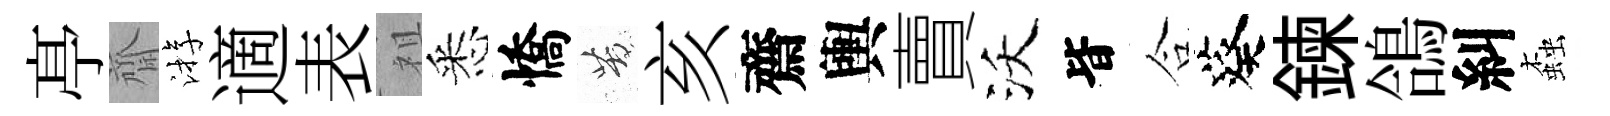
𠅘齋㳺適表祖悉憍苦亥齋輿賣沃𣅜合葵鍊鴿糾螙